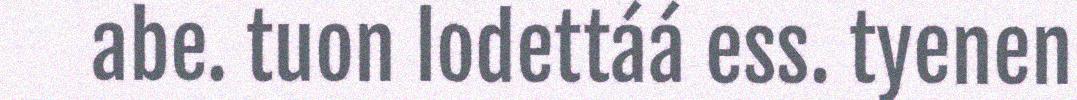
abe. tuon lodettáá ess. tyenen